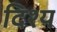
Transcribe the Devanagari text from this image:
दिश्य